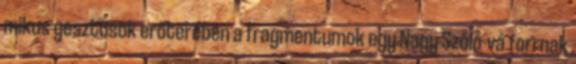
mikus gesztusok erőterében a fragmentumok egy Nagy Szóló-vá forrnak